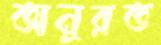
অনুরত